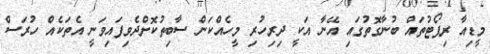
މީޑިއާ ރިޕޯޓުތައް ބުނާގޮތުގައި އޭނާ އަކީ ދިރިހުރި މީހެއްކަން ސާބިތުކޮށްދެވިފައިވަނީ އެތަކެއް ހުރަސް